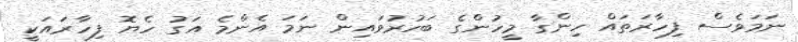
ނަމަވެސް ފިހާރަތައް ހިންގާ މީހުންގެ ބަހުރުވައިން ނަމަ އެންމެ އަގު ހެޔޮ ފިހާރައަކީ